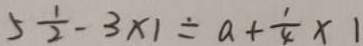
5 \frac { 1 } { 2 } - 3 \times 1 \div a + \frac { 1 } { 4 } \times 1